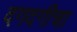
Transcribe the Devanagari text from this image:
दगदगीचा